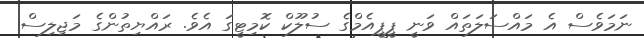
ނަމަވެސް އެ މައްސަލަތައް ވަނީ ޕީޕީއެމްގެ ސުލޫކް ކޮމިޓީގަ އެވެ. ރައްޔިތުންގެ މަޖިލިސް